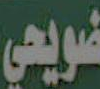
ضويحي